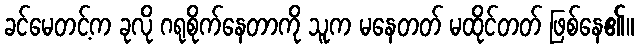
ခင်မေတင့်က ခုလို ဂရုစိုက်နေတာကို သူက မနေတတ် မထိုင်တတ် ဖြစ်နေ၏။